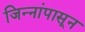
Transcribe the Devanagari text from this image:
जिन्नांपासून